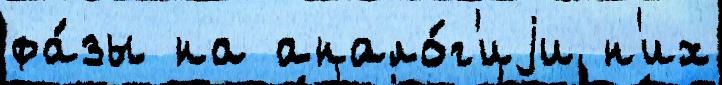
фа́зы на анало́г'иjи н'их